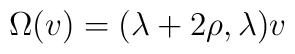
\Omega (v) = (\lambda + 2 \rho, \lambda )v